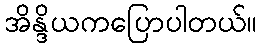
အိန္ဒိယကပြောပါတယ်။